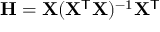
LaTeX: \mathbf { H } = \mathbf { X } ( \mathbf { X } ^ { \mathsf { T } } \mathbf { X } ) ^ { - 1 } \mathbf { X } ^ { \mathsf { T } }